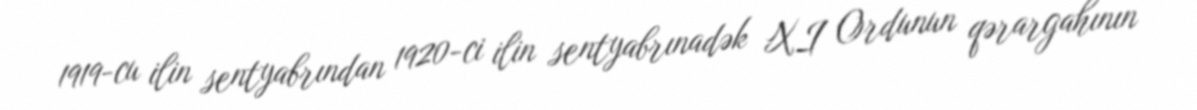
1919-cu ilin sentyabrından 1920-ci ilin sentyabrınadək XI Ordunun qərargahının